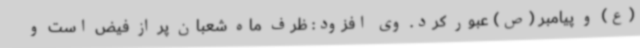
(ع) و پیامبر (ص) عبور کرد. وی افزود: ظرف ماه شعبان پر از فیض است و